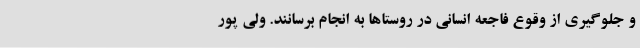
و جلوگیری از وقوع فاجعه انسانی در روستاها به انجام برسانند. ولی پور